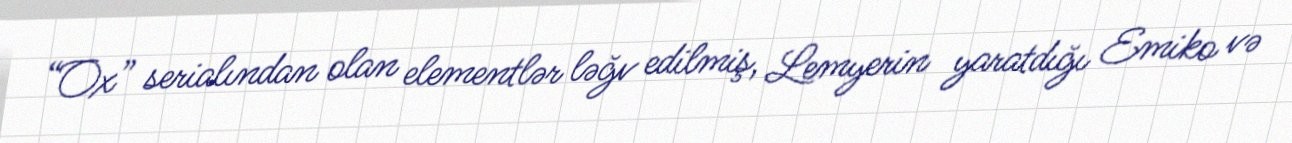
“Ox” serialından olan elementlər ləğv edilmiş, Lemyerin yaratdığı Emiko və